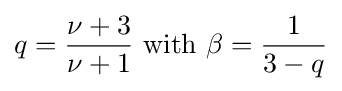
q={\frac {\nu +3}{\nu +1}}{\text{ with }}\beta ={\frac {1}{3-q}}